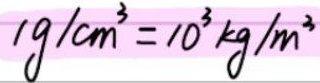
\(1\mathrm{g/cm^{3}} = 10^{3}\mathrm{kg/m^{3}}\)